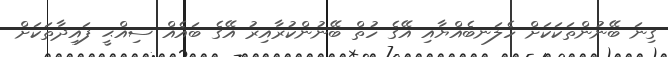
ގިނަ ބޭނުންތަކަކަށް ހެލަނބެއްޔާއި އޭގެ ހުތް ބޭނުންކުރާއިރު އޭގެ ބައެއް ސިއްޙީ ފައިދާތަކަށް